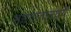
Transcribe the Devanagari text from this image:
भारतातामध्ये